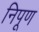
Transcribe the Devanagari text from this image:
निपूण